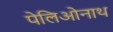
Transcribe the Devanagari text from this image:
पेलिओनाथ